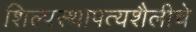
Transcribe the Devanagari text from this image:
शिल्पस्थापत्यशैलीचे